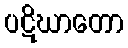
ပဋိဃာတော